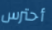
أحترس